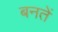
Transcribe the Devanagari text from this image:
बनतें